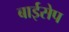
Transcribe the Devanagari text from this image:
बाईसेप